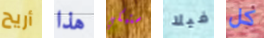
أريح هذا ستبكي فيلا كل